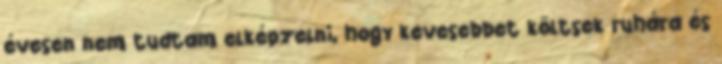
évesen nem tudtam elképzelni, hogy kevesebbet költsek ruhára és